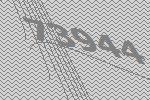
73944